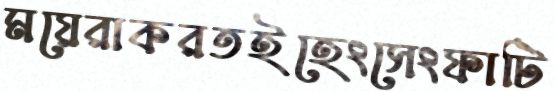
ময়েরাকরতইহেংসেংফাটি